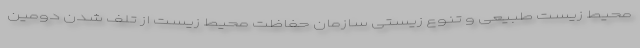
محیط زیست طبیعی و تنوع زیستی سازمان حفاظت محیط زیست از تلف شدن دومین